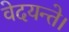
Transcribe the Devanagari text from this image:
वेदयन्ते।